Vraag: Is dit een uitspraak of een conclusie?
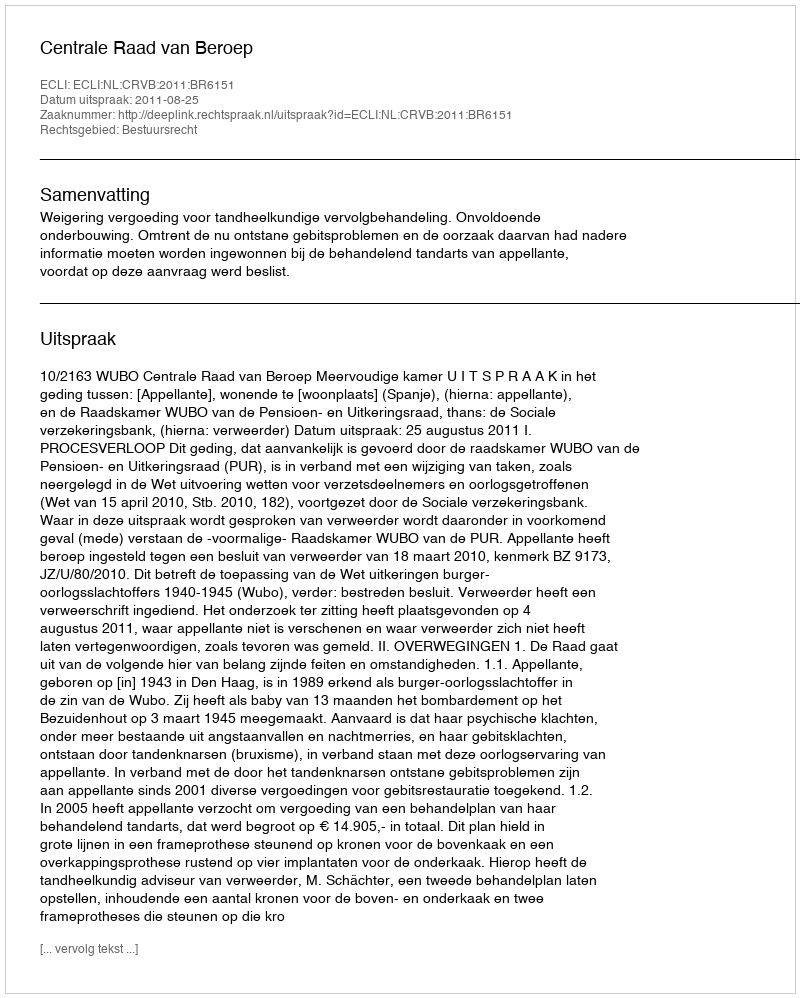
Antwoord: Uitspraak